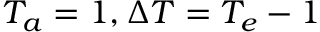
{ T _ { a } } = 1 , { \Delta T } = { T _ { e } } - 1